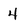
Character: 4